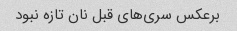
برعکس سری‌های قبل نان تازه نبود